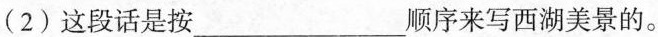
(2)这段话是按___顺序来写西湖美景的。